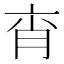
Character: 𦚍